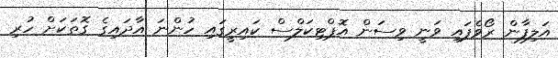
އަަލިފާން ރޯވެފައި ވަނީ ވިސަން އޮޕްޓިކަލްސް ކައިރީގައި ހުންނަ އާދައިގެ ގޮތަކަށް ހުރި